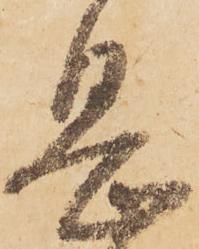
息